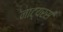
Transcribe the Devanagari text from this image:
नाट्यरस